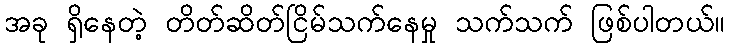
အခု ရှိနေတဲ့ တိတ်ဆိတ်ငြိမ်သက်နေမှု သက်သက် ဖြစ်ပါတယ်။